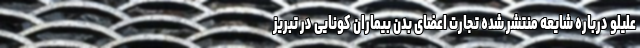
علیلو درباره شایعه منتشر شده تجارت اعضای بدن بیماران کونایی در تبریز